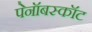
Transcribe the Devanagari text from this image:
पेनॉबस्कॉट